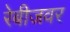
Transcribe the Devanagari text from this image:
रेबीजवर